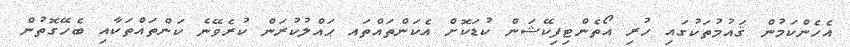
އެހެންކަމުން ޤައުމުތަކުގައި ހުރި އޯތެންޓިފިކޭޝަން ކުޑަކޮށް އެކަންތައްތައ ޙައްލުކުރަން ކުރެވޭނެ ކަންތައްތަކާއި ބެހޭގޮތުން